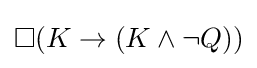
\Box (K\to (K\land \lnot Q))